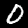
Digit: 0